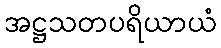
အဋ္ဌသတပရိယာယံ